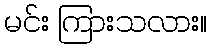
မင်း ကြားသလား။